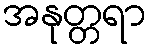
အနုတ္တရာ